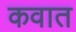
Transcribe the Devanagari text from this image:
कवात